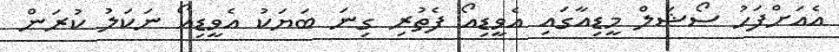
އެއަށްފަހު ސޯޝަލް މީޑިއާގައި އެވީޑިއޯ ފެތުރި ގިނަ ބަޔަކު އެވީޑިއޯ ނަކަލު ކުރަން